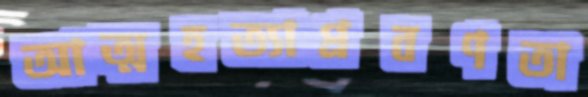
আত্মহত্যাপ্রবণতা